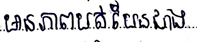
មានភាពបត់បែនជាង